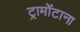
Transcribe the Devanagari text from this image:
ट्रामोंटाना